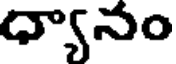
ధ్యానం